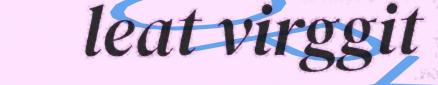
leat virggit